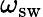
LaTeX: \omega_{\mathrm{sw}}